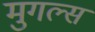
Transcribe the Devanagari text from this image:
मुगल्स